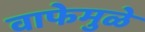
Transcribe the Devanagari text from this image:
वाफेमुळे